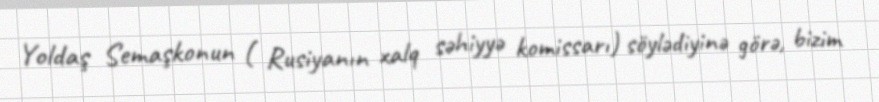
Yoldaş Semaşkonun ( Rusiyanın xalq səhiyyə komissarı) söylədiyinə görə, bizim